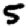
Digit: 5